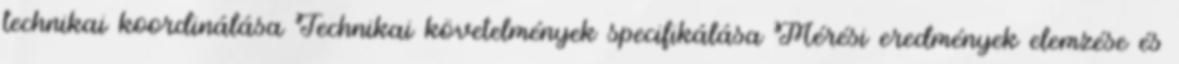
technikai koordinálása Technikai követelmények specifikálása Mérési eredmények elemzése és